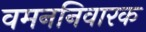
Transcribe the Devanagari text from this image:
वमननिवारक